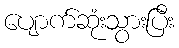
ပျောက်ဆုံးသွားပြီး